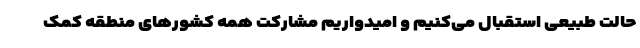
حالت طبیعی استقبال می‌کنیم و امیدواریم مشارکت همه کشورهای منطقه کمک